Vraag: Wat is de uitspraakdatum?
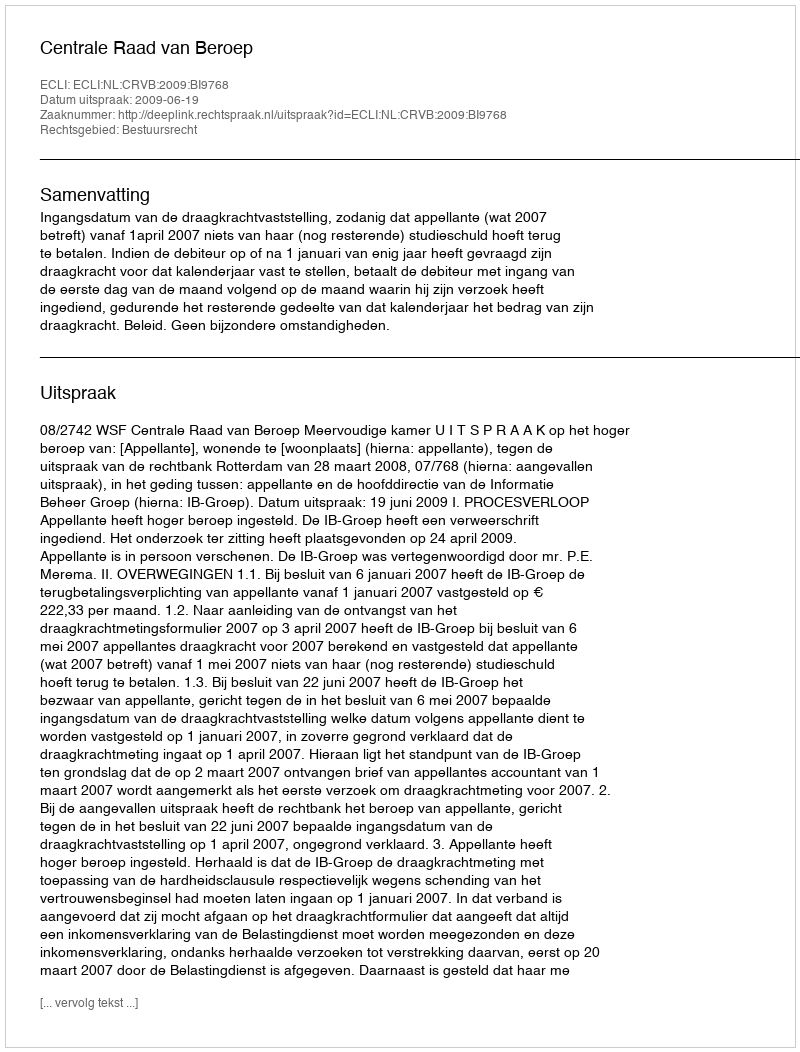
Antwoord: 2009-06-19